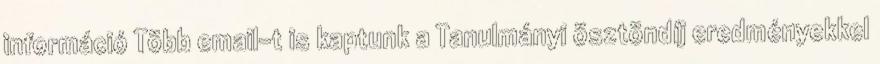
információ Több email-t is kaptunk a Tanulmányi ösztöndíj eredményekkel